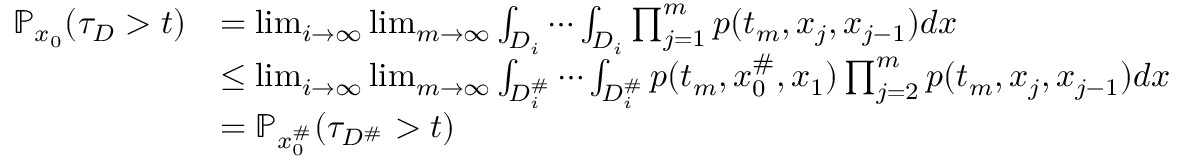
\begin{array} { r l } { \mathbb { P } _ { x _ { 0 } } ( \tau _ { D } > t ) } & { = \operatorname* { l i m } _ { i \rightarrow \infty } \operatorname* { l i m } _ { m \rightarrow \infty } \int _ { D _ { i } } \cdots \int _ { D _ { i } } \prod _ { j = 1 } ^ { m } p ( t _ { m } , x _ { j } , x _ { j - 1 } ) d x } \\ & { \le \operatorname* { l i m } _ { i \rightarrow \infty } \operatorname* { l i m } _ { m \rightarrow \infty } \int _ { D _ { i } ^ { \# } } \cdots \int _ { D _ { i } ^ { \# } } p ( t _ { m } , x _ { 0 } ^ { \# } , x _ { 1 } ) \prod _ { j = 2 } ^ { m } p ( t _ { m } , x _ { j } , x _ { j - 1 } ) d x } \\ & { = \mathbb { P } _ { x _ { 0 } ^ { \# } } ( \tau _ { D ^ { \# } } > t ) } \end{array}